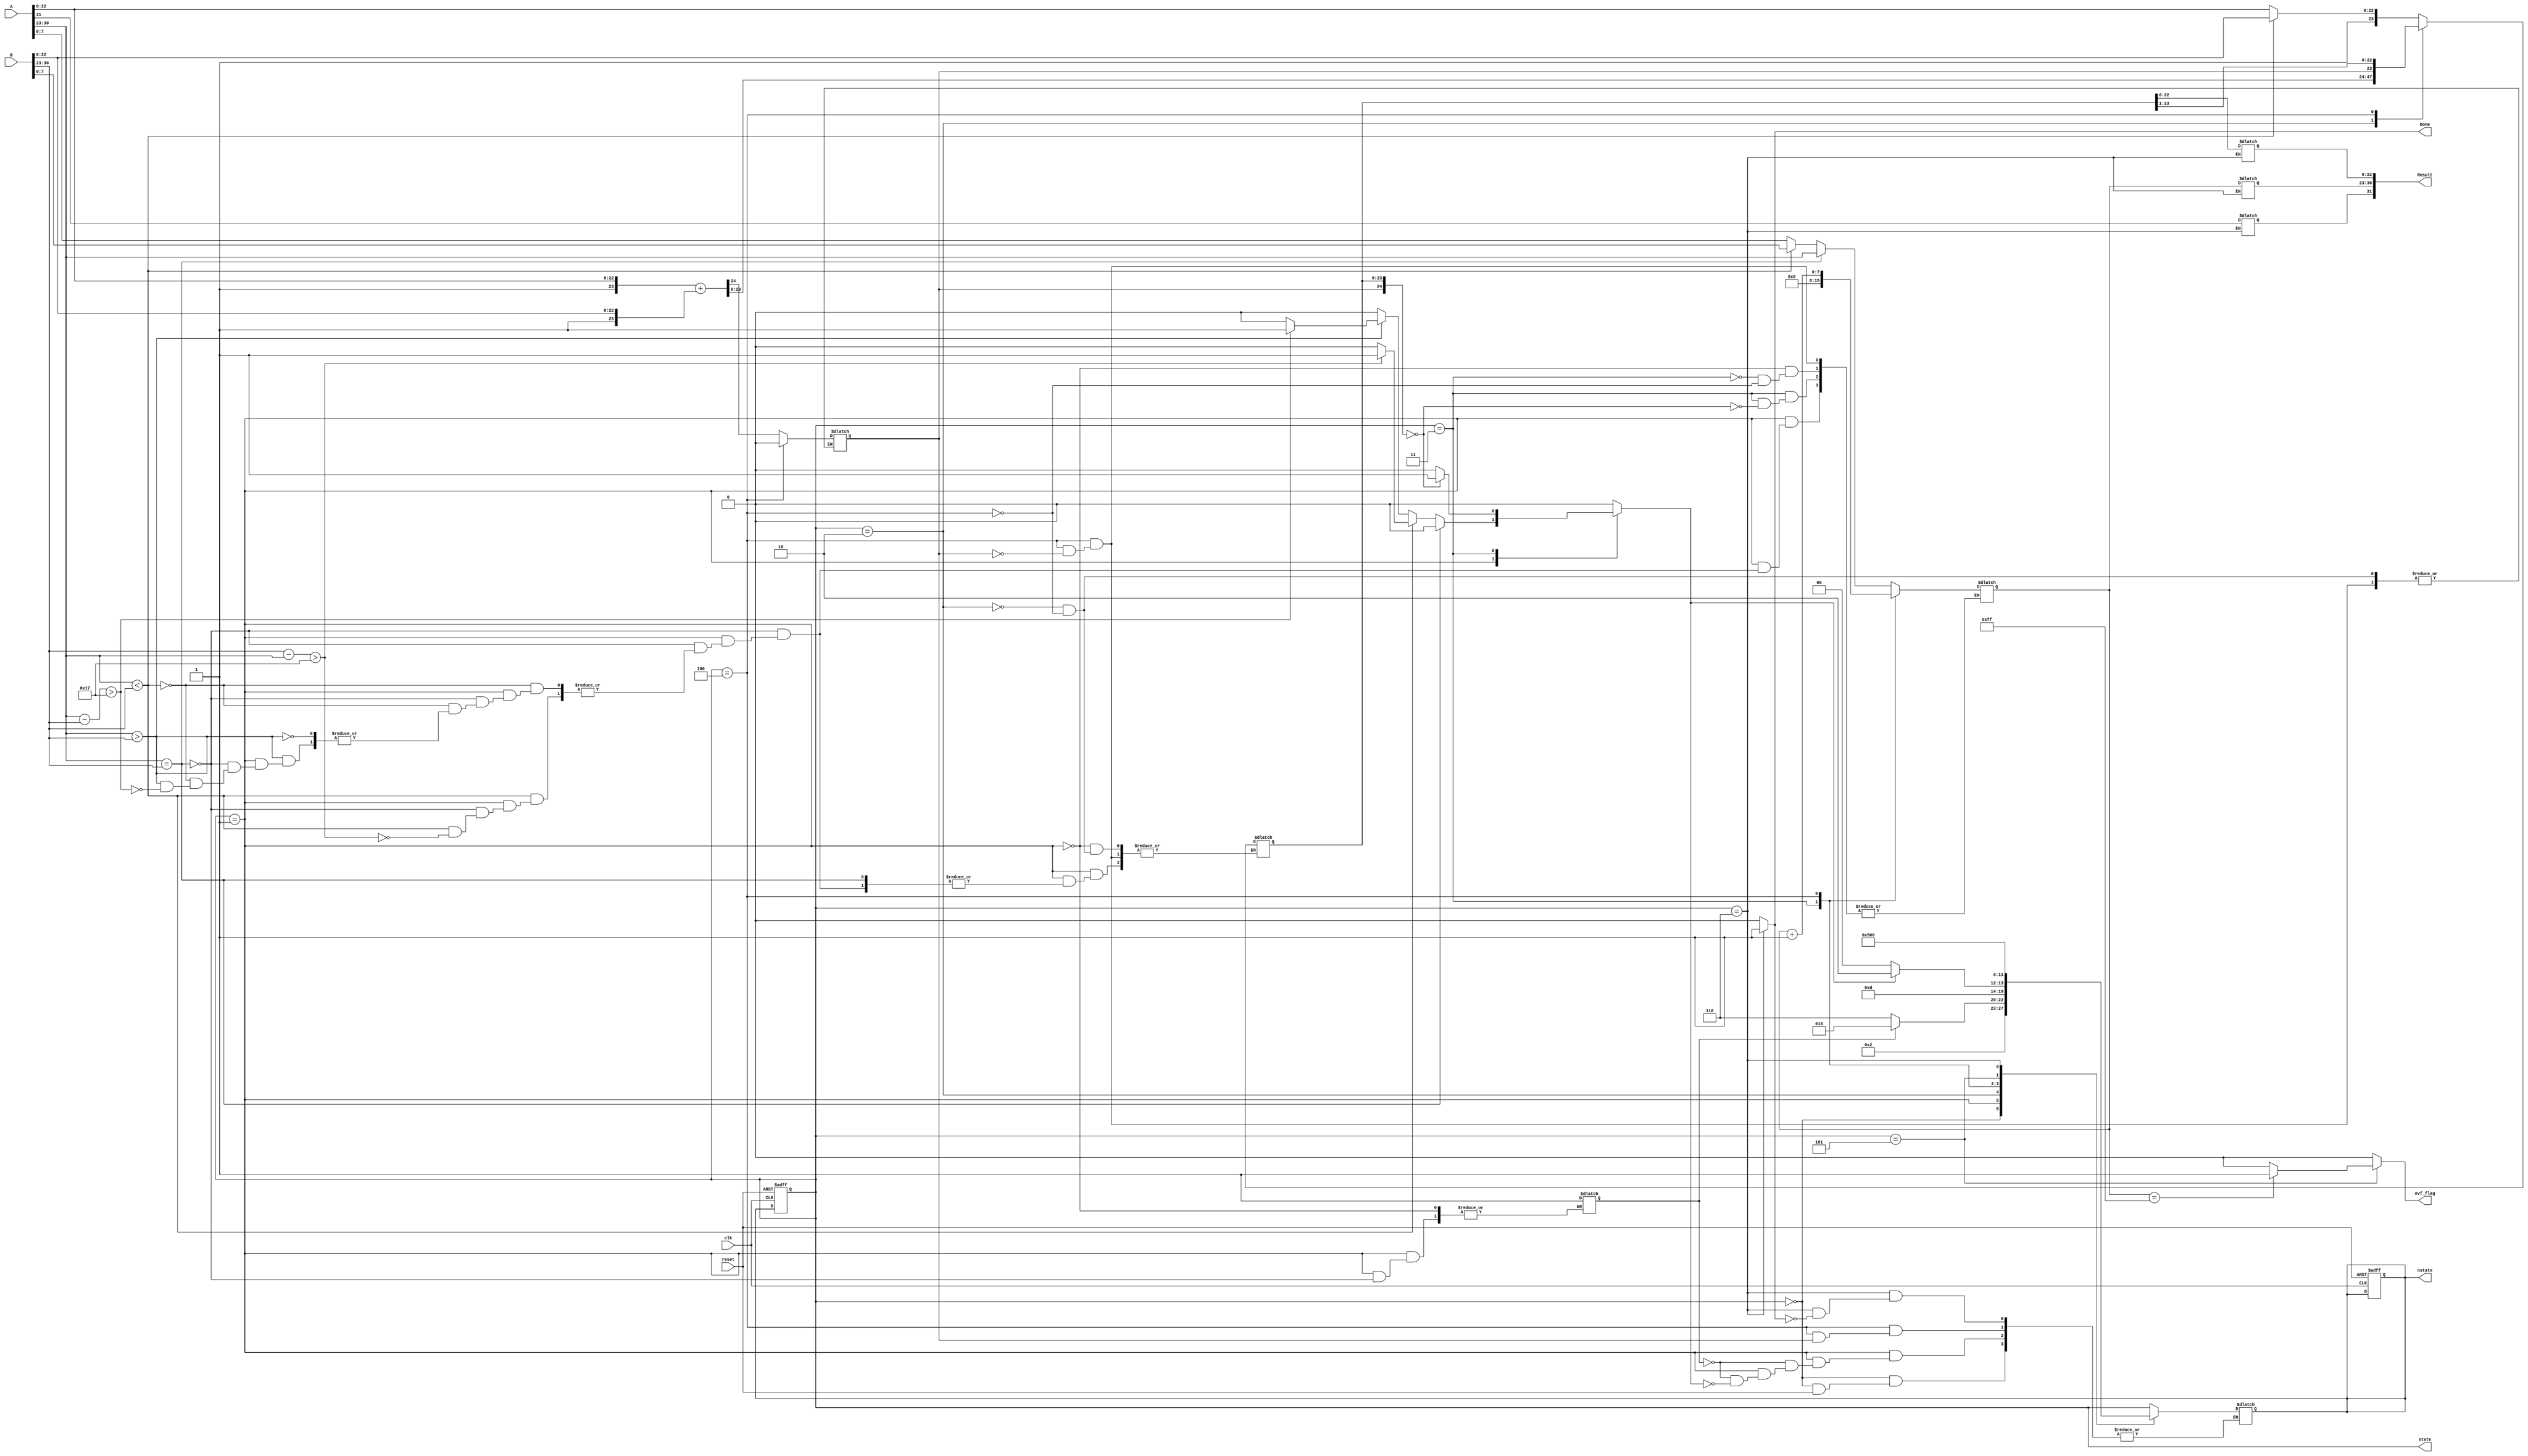
`timescale 1ns / 1ps
//////////////////////////////////////////////////////////////////////////////////
// Company: 
// Engineer: 
// 
// Design Name: 
// Module Name: Single_Precision_FPA
// Project Name: 
// Target Devices: 
// Tool Versions: 
// Description: 
// 
// Dependencies: 
// 
// Revision:
// Revision 0.01 - File Created
// Additional Comments:
// 
//////////////////////////////////////////////////////////////////////////////////

// This single precision floating point adder design
// ONLY takes calculation sign bit 0 numbers.
// functionality can be modified to take into account
// negative numbers.
module Single_Precision_FPA#( parameter W = 32 )
    ( clk,
      reset,
      A,
      B,
      Result,
      Done,
      ovf_flag,
      state,
      nstate
    );
    
    input          clk;
    input          reset;
    input  [W-1:0] A;
    input  [W-1:0] B;
    output [W-1:0] Result;
    output         Done;
    output         ovf_flag;
    output   [3:0] state;
    output   [3:0] nstate;
    
    reg [W-1:0] Result;
    reg         Done;
    
    reg [3:0] state;
    reg [3:0] nstate; 
    
    reg        SignA;
    reg        SignB;
    reg  [7:0] ExpA;
    reg  [7:0] ExpB;
    reg [23:0] MantissaA;  // bit [23] is for implied leading 1 bit
    reg [23:0] MantissaB;  // 
    reg [24:0] MantissaAB; // bit [24] is for overflow. if bit [24] is high then it is overflowed. 
    reg  [7:0] ExpAB;
    reg        SignAB;
    reg        Exp_equal;
    reg        ovf_flag;
    reg        Ready;
    
    // reset and update
    always @( posedge clk or posedge reset )
      begin
        if ( reset )
          begin
            state  <= 4'b0000;
            nstate <= 4'b0000;
          end
        else
          state <= nstate;  
      end
    
    // next state logic
    always @(*) 
      begin       
        case ( state )
          4'b0000: begin
                     if ( !reset )
                       nstate = 4'b0001;
                   end
                            
          4'b0001: begin
                     if ( Exp_equal )
                       nstate = 4'b0010;
                     else if ( Ready )
                       nstate = 4'b0110; // done   
                   end
                  
          4'b0010: nstate = 4'b0011;
          
          4'b0011: begin
                     if ( !Ready )
                       nstate = 4'b0100;
                     else 
                       nstate = 4'b0110; // done
                   end
                   
          4'b0100: begin
                     if ( MantissaAB[24] == 0 )
                       nstate = 4'b0101; 
                   end
                   
          4'b0101: nstate = 4'b0110; // done
          
          4'b0110: begin
                     if ( Done )
                       nstate = 4'b0000;
                   end
          
          default: nstate = state;         
        endcase 
      end
    
    // output
    always @(*) 
      begin
        SignA      = A[W-1];
        SignB      = B[W-1];
        ExpA       = A[30:23];
        ExpB       = B[30:23];
        MantissaA  = { 1'b1, A[22:0] }; // the Mantissa is given the leading 1 bit to normalize
        MantissaB  = { 1'b1, B[22:0] }; 
        ovf_flag   = 1'b0;
        Ready      = 1'b0;
        Done       = 1'b0;
        
        case ( state )
          4'b0000: Ready = 1'b0;
           
          4'b0001: begin
                     if ( ExpA == ExpB )
                       begin
                         Exp_equal = 1'b1;
                         ExpAB     = ExpA; 
                       end
                     else if ( ExpA < ExpB )
                       begin
                         if ( ExpB - ExpA > 8'd23 )
                           begin
                             MantissaAB[23:0] = MantissaB;
                             ExpAB            = B;
                             Ready            = 1'b1;
                           end
                         else
                           begin   
                             MantissaA = MantissaA >> 1; //logical shift right
                             ExpA      = ExpA + 1'b1;  //adding 1 to exponent until equal.
                           end
                       end
                     else if ( ExpA > ExpB )
                       begin
                         if ( ExpA - ExpB > 8'd23 )
                           begin
                             MantissaAB[23:0] = MantissaA;
                             ExpAB            = A;
                             Ready            = 1'b1;
                           end
                         else
                           begin  
                             MantissaB = MantissaB >> 1; //logical shift right
                             ExpB      = ExpB + 1'b1; //adding 1 to exponent until equal.
                           end
                       end                
                   end
                   
          4'b0010: MantissaAB = MantissaA + MantissaB;
                  
          4'b0011: begin
                     if ( MantissaAB == 0 )
                       begin
                         ExpAB  = 8'b0000_0000;
                         SignAB = 1'b0;
                         Ready  = 1'b1; 
                       end
                   end
          
          4'b0100: begin
                     if ( MantissaAB[24] == 1 )
                       begin
                         MantissaAB = MantissaAB >> 1;
                         ExpAB      = ExpAB + 1'b1;
                       end  
                   end
          
          4'b0101: begin
                     if (ExpAB == 8'd255 )
                       ovf_flag = 1'b1;
                   end
           
          4'b0110: begin
                     Result[W-1]   = SignA; // Doesn't matter. This design only considers 0 sign bit numbers.
                     Result[30:23] = ExpAB;
                     Result[22:0]  = MantissaAB[22:0];
                     Done          = 1'b1; 
                   end         
          
          default: Done = 1'b0;         
        endcase
      end
    
    
endmodule